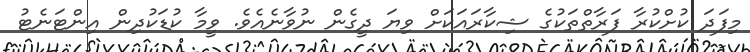
މިފަދަ ކުށްކުރާ ފަރާތްތަކުގެ ޝިކާރައަކަށް ވިޔަ ދީގެން ނުވާނެއެވެ. ވީމާ ކުޑަކުދިން އިންޓަނެޓު